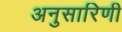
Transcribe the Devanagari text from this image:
अनुसारिणी